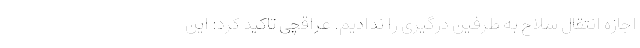
اجازه انتقال سلاح به طرفین درگیری را ندادیم. عراقچی تاکید کرد: این